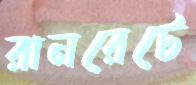
রানরেটে